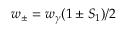
w _ { \pm } = w _ { \gamma } ( 1 \pm S _ { 1 } ) / 2